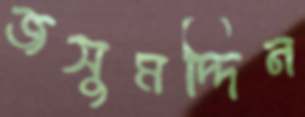
জসুমদ্দিন